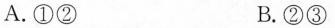
A.①② B.②③